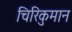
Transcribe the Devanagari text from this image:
चिरिकुमान